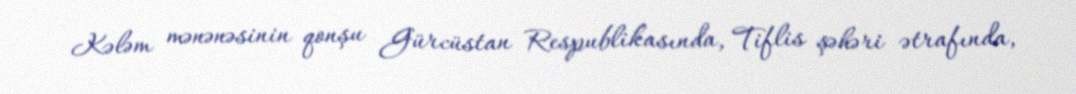
Kələm mənənəsinin qonşu Gürcüstan Respublikasında, Tiflis şəhəri ətrafında,